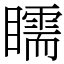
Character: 𥌎